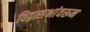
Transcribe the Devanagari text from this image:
विद्वत्सभांवरून